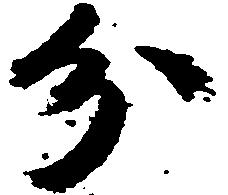
分